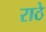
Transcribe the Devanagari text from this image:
राठे